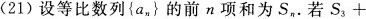
(21)设等比数列{a_{n}}的前n项和为S_{n}。若S_{3}+